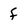
Character: f